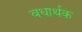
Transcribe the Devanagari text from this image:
वधार्थक